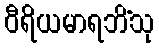
ဝီရိယမာရဘိံသု